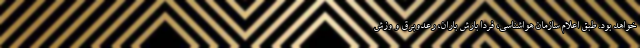
خواهد بود. طبق اعلام سازمان هواشناسی، فردا بارش باران، رعدوبرق و وزش